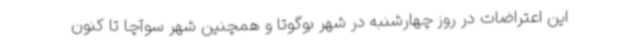
این اعتراضات در روز چهارشنبه در شهر بوگوتا و همچنین شهر سوآچا تا کنون